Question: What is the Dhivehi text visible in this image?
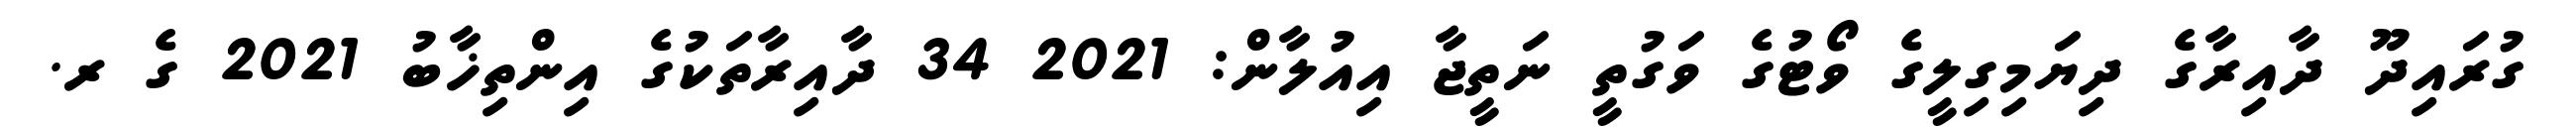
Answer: ގުރައިދޫ ދާއިރާގެ ދިޔަމިގިލީގެ ވޯޓުގެ ވަގުތީ ނަތީޖާ އިއުލާން: 2021 34 ދާއިރާތަކުގެ އިންތިޚާބު 2021 ގެ ރ.